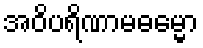
အဝိပရိဏာမဓမ္မော